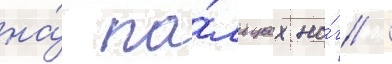
на́ па́льцах но́г /